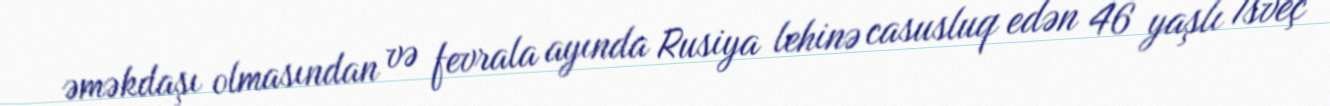
əməkdaşı olmasından və fevrala ayında Rusiya lehinə casusluq edən 46 yaşlı İsveç